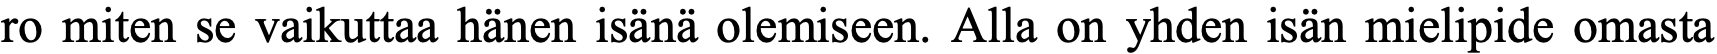
ro miten se vaikuttaa hänen isänä olemiseen. Alla on yhden isän mielipide omasta